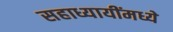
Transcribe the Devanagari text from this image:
सहाध्यायींमध्ये